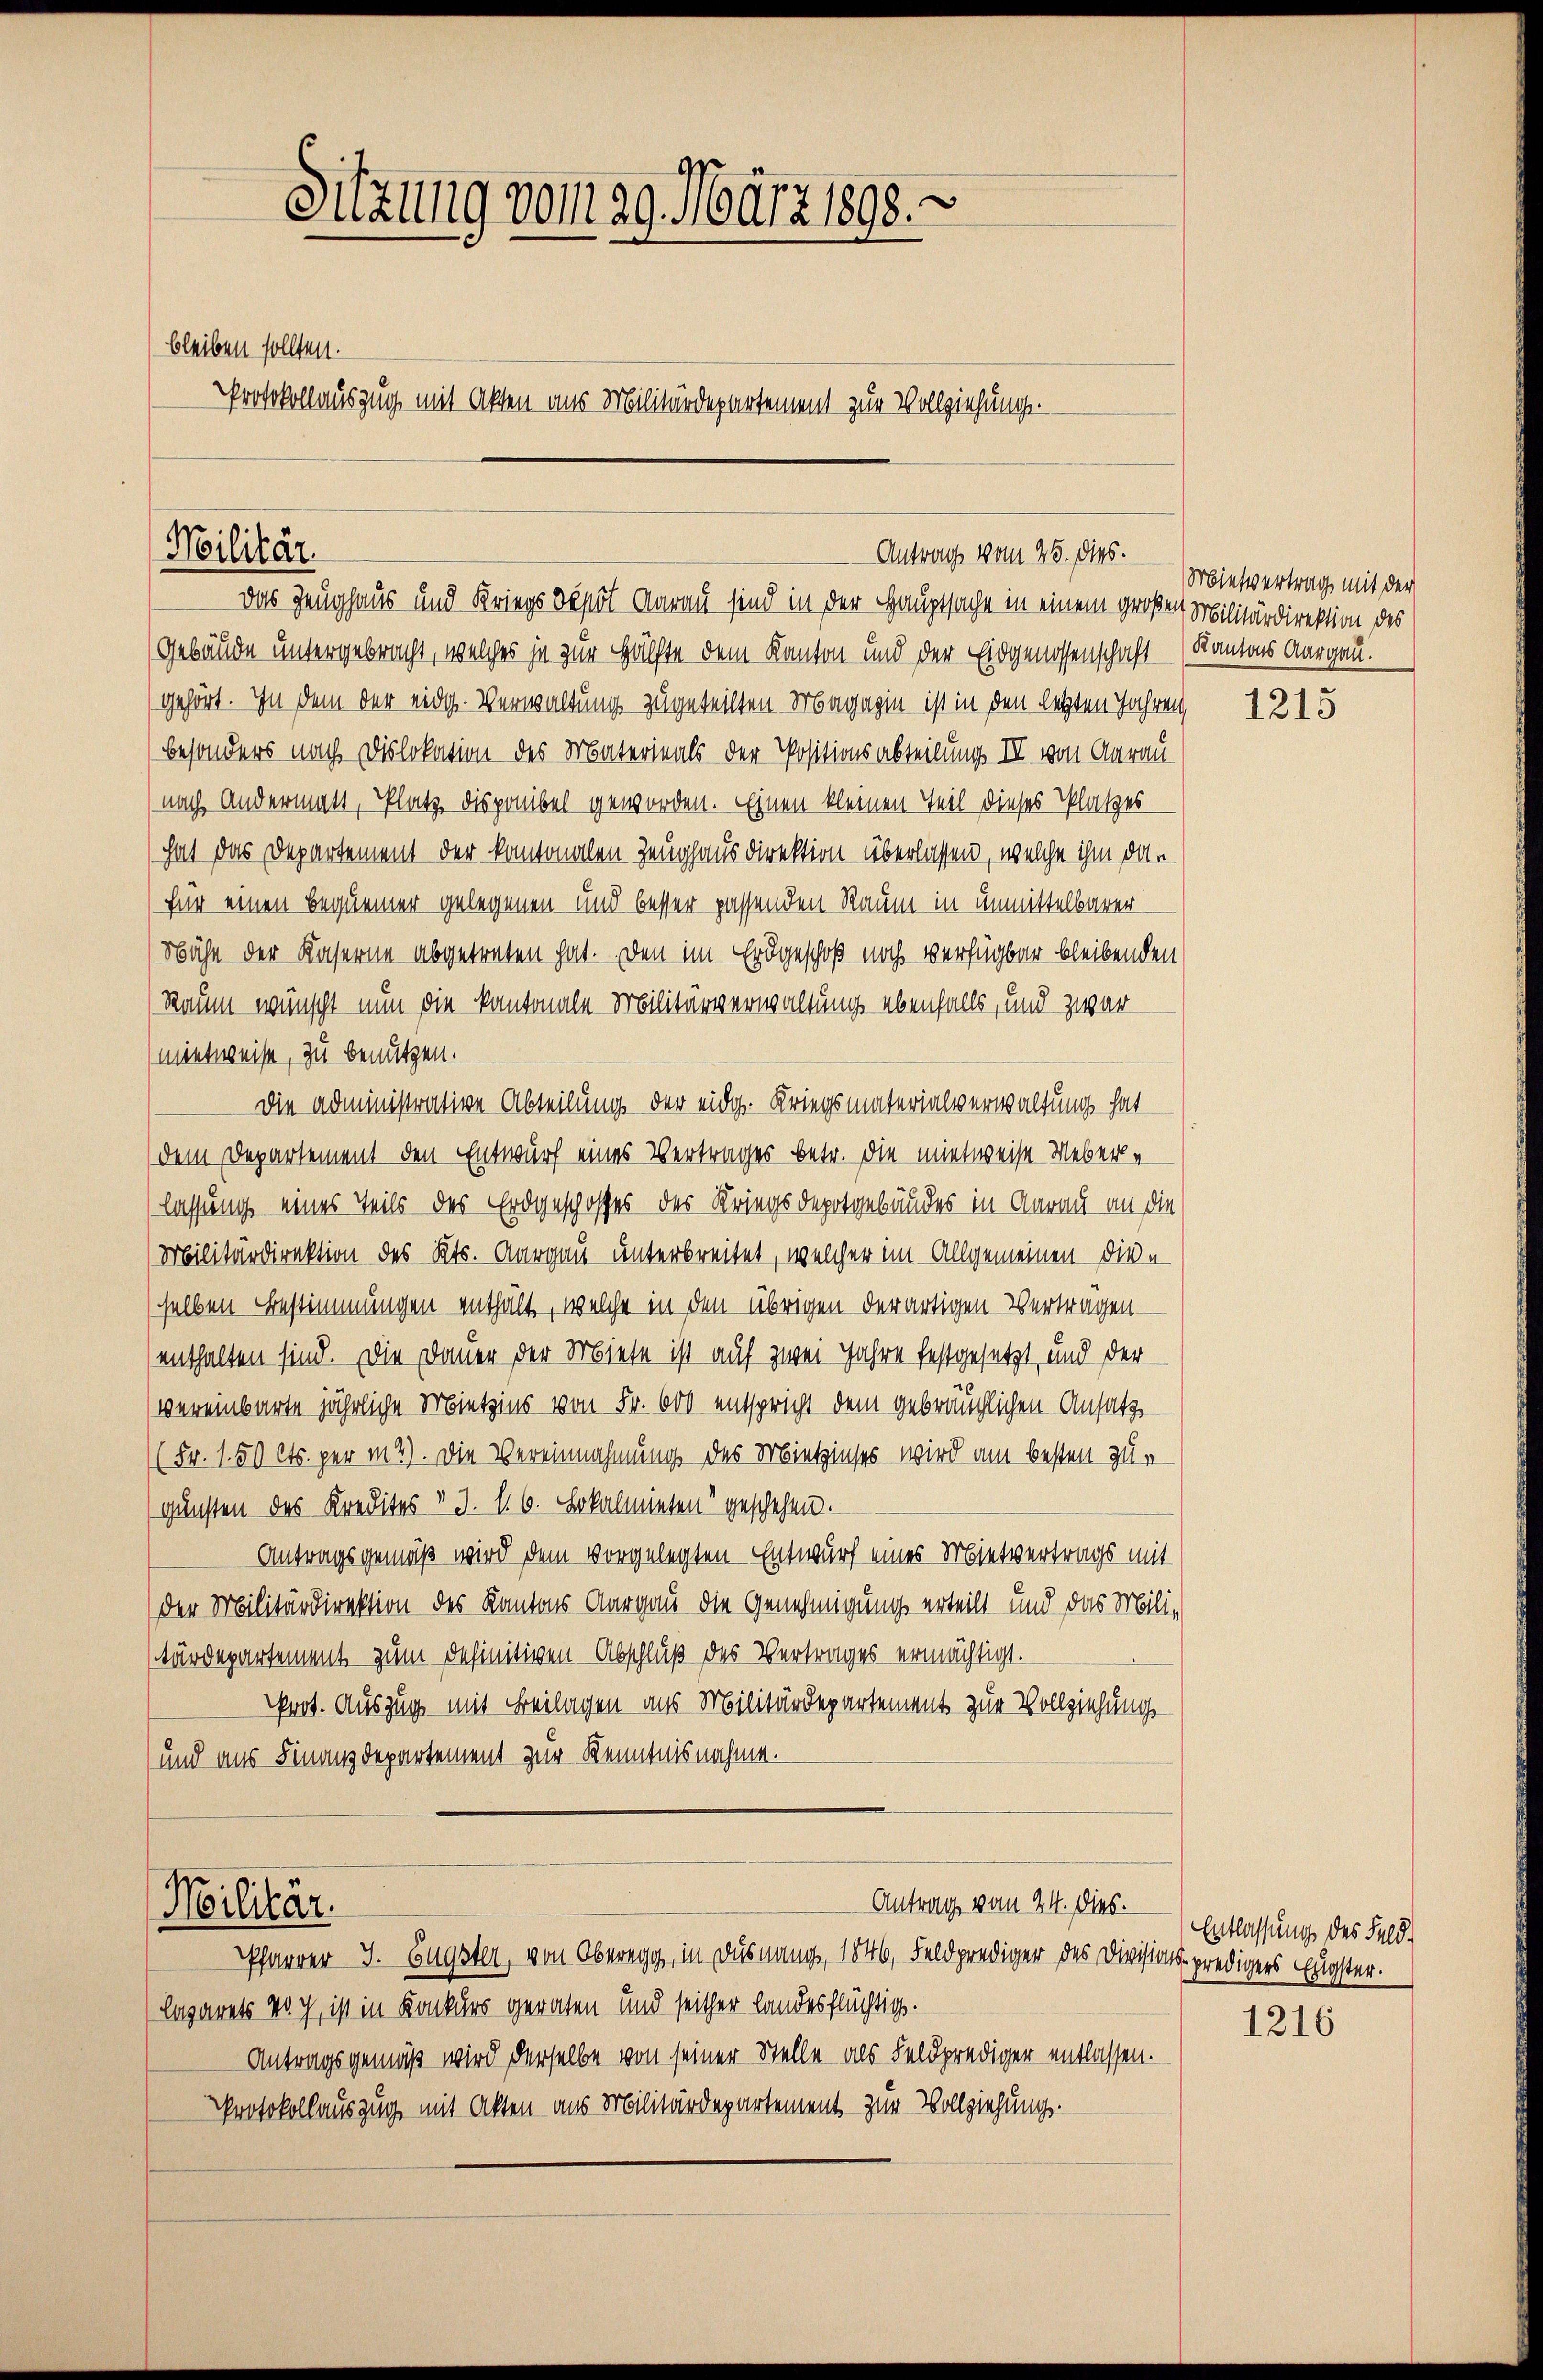
Sitzung vom 29. März 1898.
bleiben sollten.
Protokollauszug mit Akten aus Militärdepartement zur Vollziehung.

Militär.

Antrag vom 26. dies.

Antrag vom 24. Dies.
Militär.
Pfarrer J. Eugster, von Oberegg, in Dusnang, 1846, Feldprediger des Divisions predigers Eugster.

Das Zeughaus und Kriegs depot darau sind in der Hauptsache in einem großen Militärdirektion des
(Gebäude untergebracht, welches ja zur Hälfte dem Kanton und der Eidgenossenschaft (Kantons Aargau.
gehört. In dem der eidg. Verwaltung zugeteilten Magazin ist in den letzten Jahren,
besonders nach Dislokation des Materials der Positionsabteilung II von Aarau
(nach Andermals, Platz disponibel geworden. Einen kleinen Teil dieses Platzes
hat das Departement der kantonalen Zeughaus direktion überlassen, welche ihm das
für einen Bequemer gelegenen und besser passenden Raum in unmittelbarer
Nähe der Kaserne abgetreten hat. Den im Erdgeschoß noch verfügbar bleibenden
Raum wünscht nun die kantonale Militärverwaltung ebenfalls, und zwar
mietweise, zu benützen.
Die administrative Abteilung der eidg. Kriegsmaterialverwaltung hat
(dem Departement den Entwurf eines Vertrages betr. die mietweise Ueber-
lassung eines Teils des Erdgeschosses des Kriegsdepotgebäudes in Aarau an die
Militärdirektion des Kts. Aargau unterbreitet, welcher im Allgemeinen die
selben Bestimmungen enthält, welche in den übrigen derartigen Verträgen
(enthalten sind. Die Dauer der Miete ist auf zwei Jahre festgesetzt und der
vereinbarte jährliche Mietzins von Fr. 600 entspricht dem gebräuchlichen Ansatz¬
(Fr. 1.50 Cts. per m2). Die Vereinnahmung des Miethzinses wird am besten zugunsten des Kredites v. 3. 16. Lokalmieten“ geschehen.
Antragsgemäß wird dem vorgelegten Entwurf eines Mietvertrags mit
der Militärdirektion des Kantons Aargau die Genehmigung erteilt und das Militärdepartement zum definitiven-Abschluß des Vertrages ermächtigt.
Prot. Auszug mit Beilagen aus Militärdepartement zur Vollziehungs
und aus Finanzdepartement zur Kenntnisnahme.

lazarets noch, ist in Konkurs geraten und seither landesflüchtig.
Antragsgemäß wird derselbe von seiner Stelle als Feldprediger entlassen.
Protokollauszug mit Akten aus Militärdepartement zur Vollziehung.

Mietvertrag mit der

1215

Entlassung des Feld¬

1216